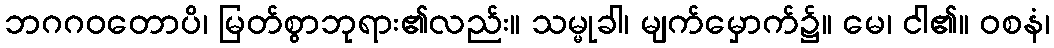
ဘဂဂဝတောပိ၊ မြတ်စွာဘုရား၏လည်း။ သမ္မုခါ၊ မျက်မှောက်၌။ မေ၊ ငါ၏။ ဝစနံ၊